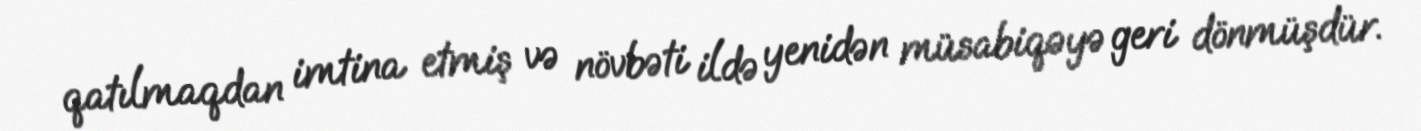
qatılmaqdan imtina etmiş və növbəti ildə yenidən müsabiqəyə geri dönmüşdür.